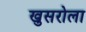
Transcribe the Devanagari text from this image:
खुसरोला